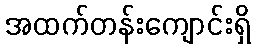
အထက်တန်းကျောင်းရှိ